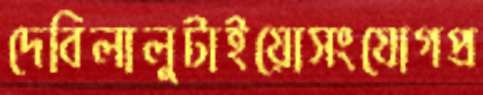
দেবিলালুটাইয়োসংযোগপ্র